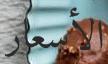
الأسعار